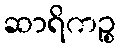
ဆာရိကဉ္စ